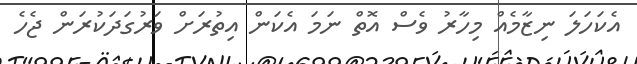
އެކަހަލަ ނިޒާމެއް މިހާރު ވެސް އޮތް ނަމަ އެކަން އިތުރަށް ވަރުގަދަކުރަން ޖެހެ